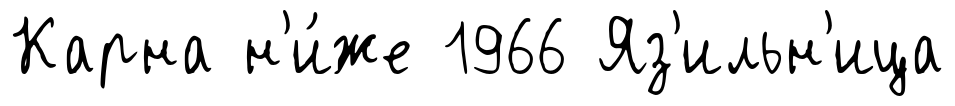
Карна н'и́же 1966 Яз'ильн'ица